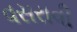
વસરાવી